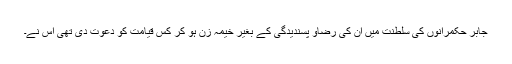
جابر حکمرانوں کی سلطنت میں ان کی رضاو پسندیدگی کے بغیر خیمہ زن ہو کر کس قیامت کو دعوت دی تھی اس نے۔